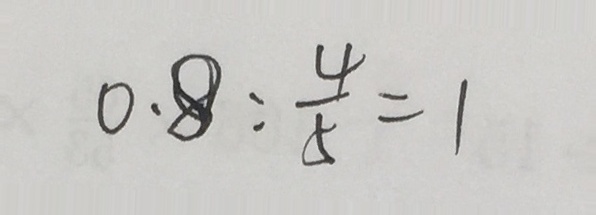
0 . 8 : \frac { 4 } { 5 } = 1